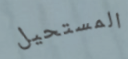
المستحيل